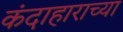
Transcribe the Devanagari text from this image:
कंदाहाराच्या